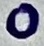
Text: 0